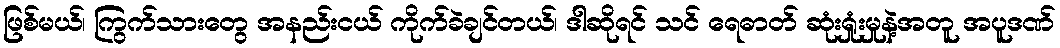
ဖြစ်မယ်၊ ကြွက်သားတွေ အနည်းငယ် ကိုက်ခဲချင်တယ်၊ ဒါဆိုရင် သင် ရေဓာတ် ဆုံးရှုံးမှုနဲ့အတူ အပူဒဏ်